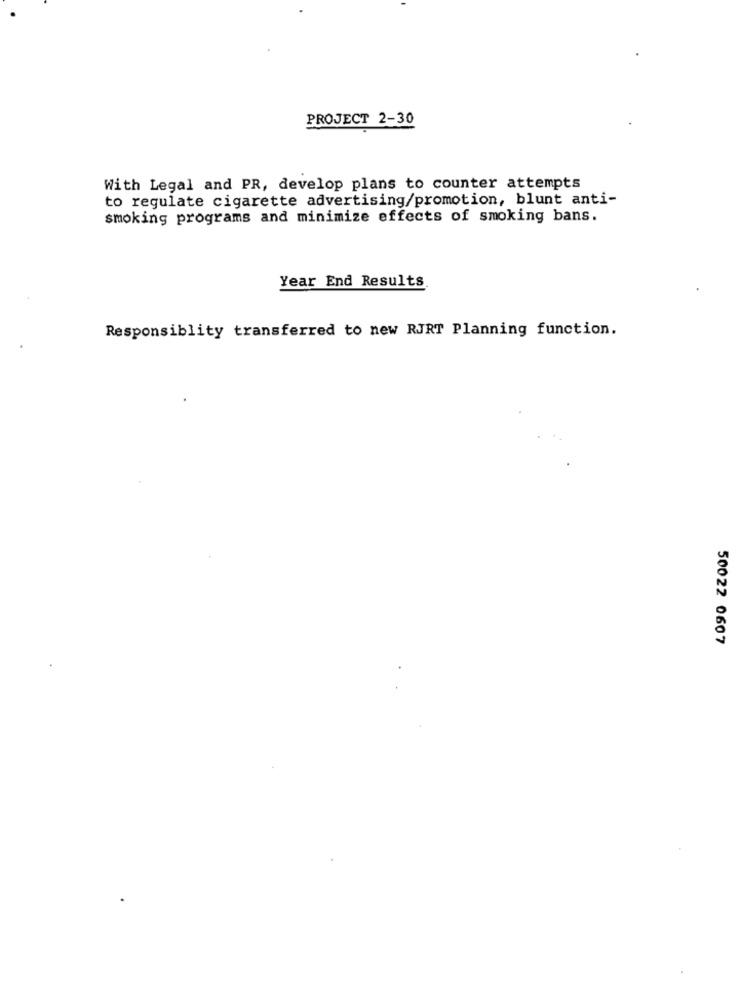
PROJECT 2-30
With Legal and PR, develop plans to counter attempts
to regulate cigarette advertising/promotion, blunt anti-
smoking programs and minimize effects of smoking bans.
Year End Results
Responsiblity transferred to new RJRT Planning function.
50022 0607